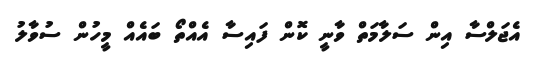
އެޖަލްސާ އިން ސަލާމަތް ވާނީ ކޮން ފައިސާ އެއްތޯ ބައެއް މީހުން ސުވާލު